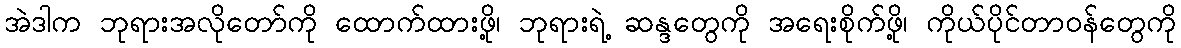
အဲဒါက ဘုရားအလိုတော်ကို ထောက်ထားဖို့၊ ဘုရားရဲ့ ဆန္ဒတွေကို အရေးစိုက်ဖို့၊ ကိုယ်ပိုင်တာဝန်တွေကို